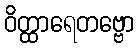
ဝိတ္ထာရေတဗ္ဗော